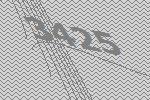
3425